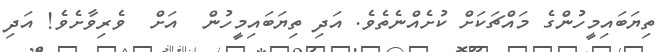
ތިޔަބައިމީހުންގެ މައްޗަކަށް ކުށެއްނެތެވެ. އަދި ތިޔަބައިމީހުން  އަށް  ވެރިވާށެވެ! އަދި